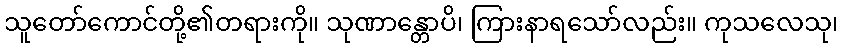
သူတော်ကောင်တို့၏တရားကို။ သုဏာန္တောပိ၊ ကြားနာရသော်လည်း။ ကုသလေသု၊